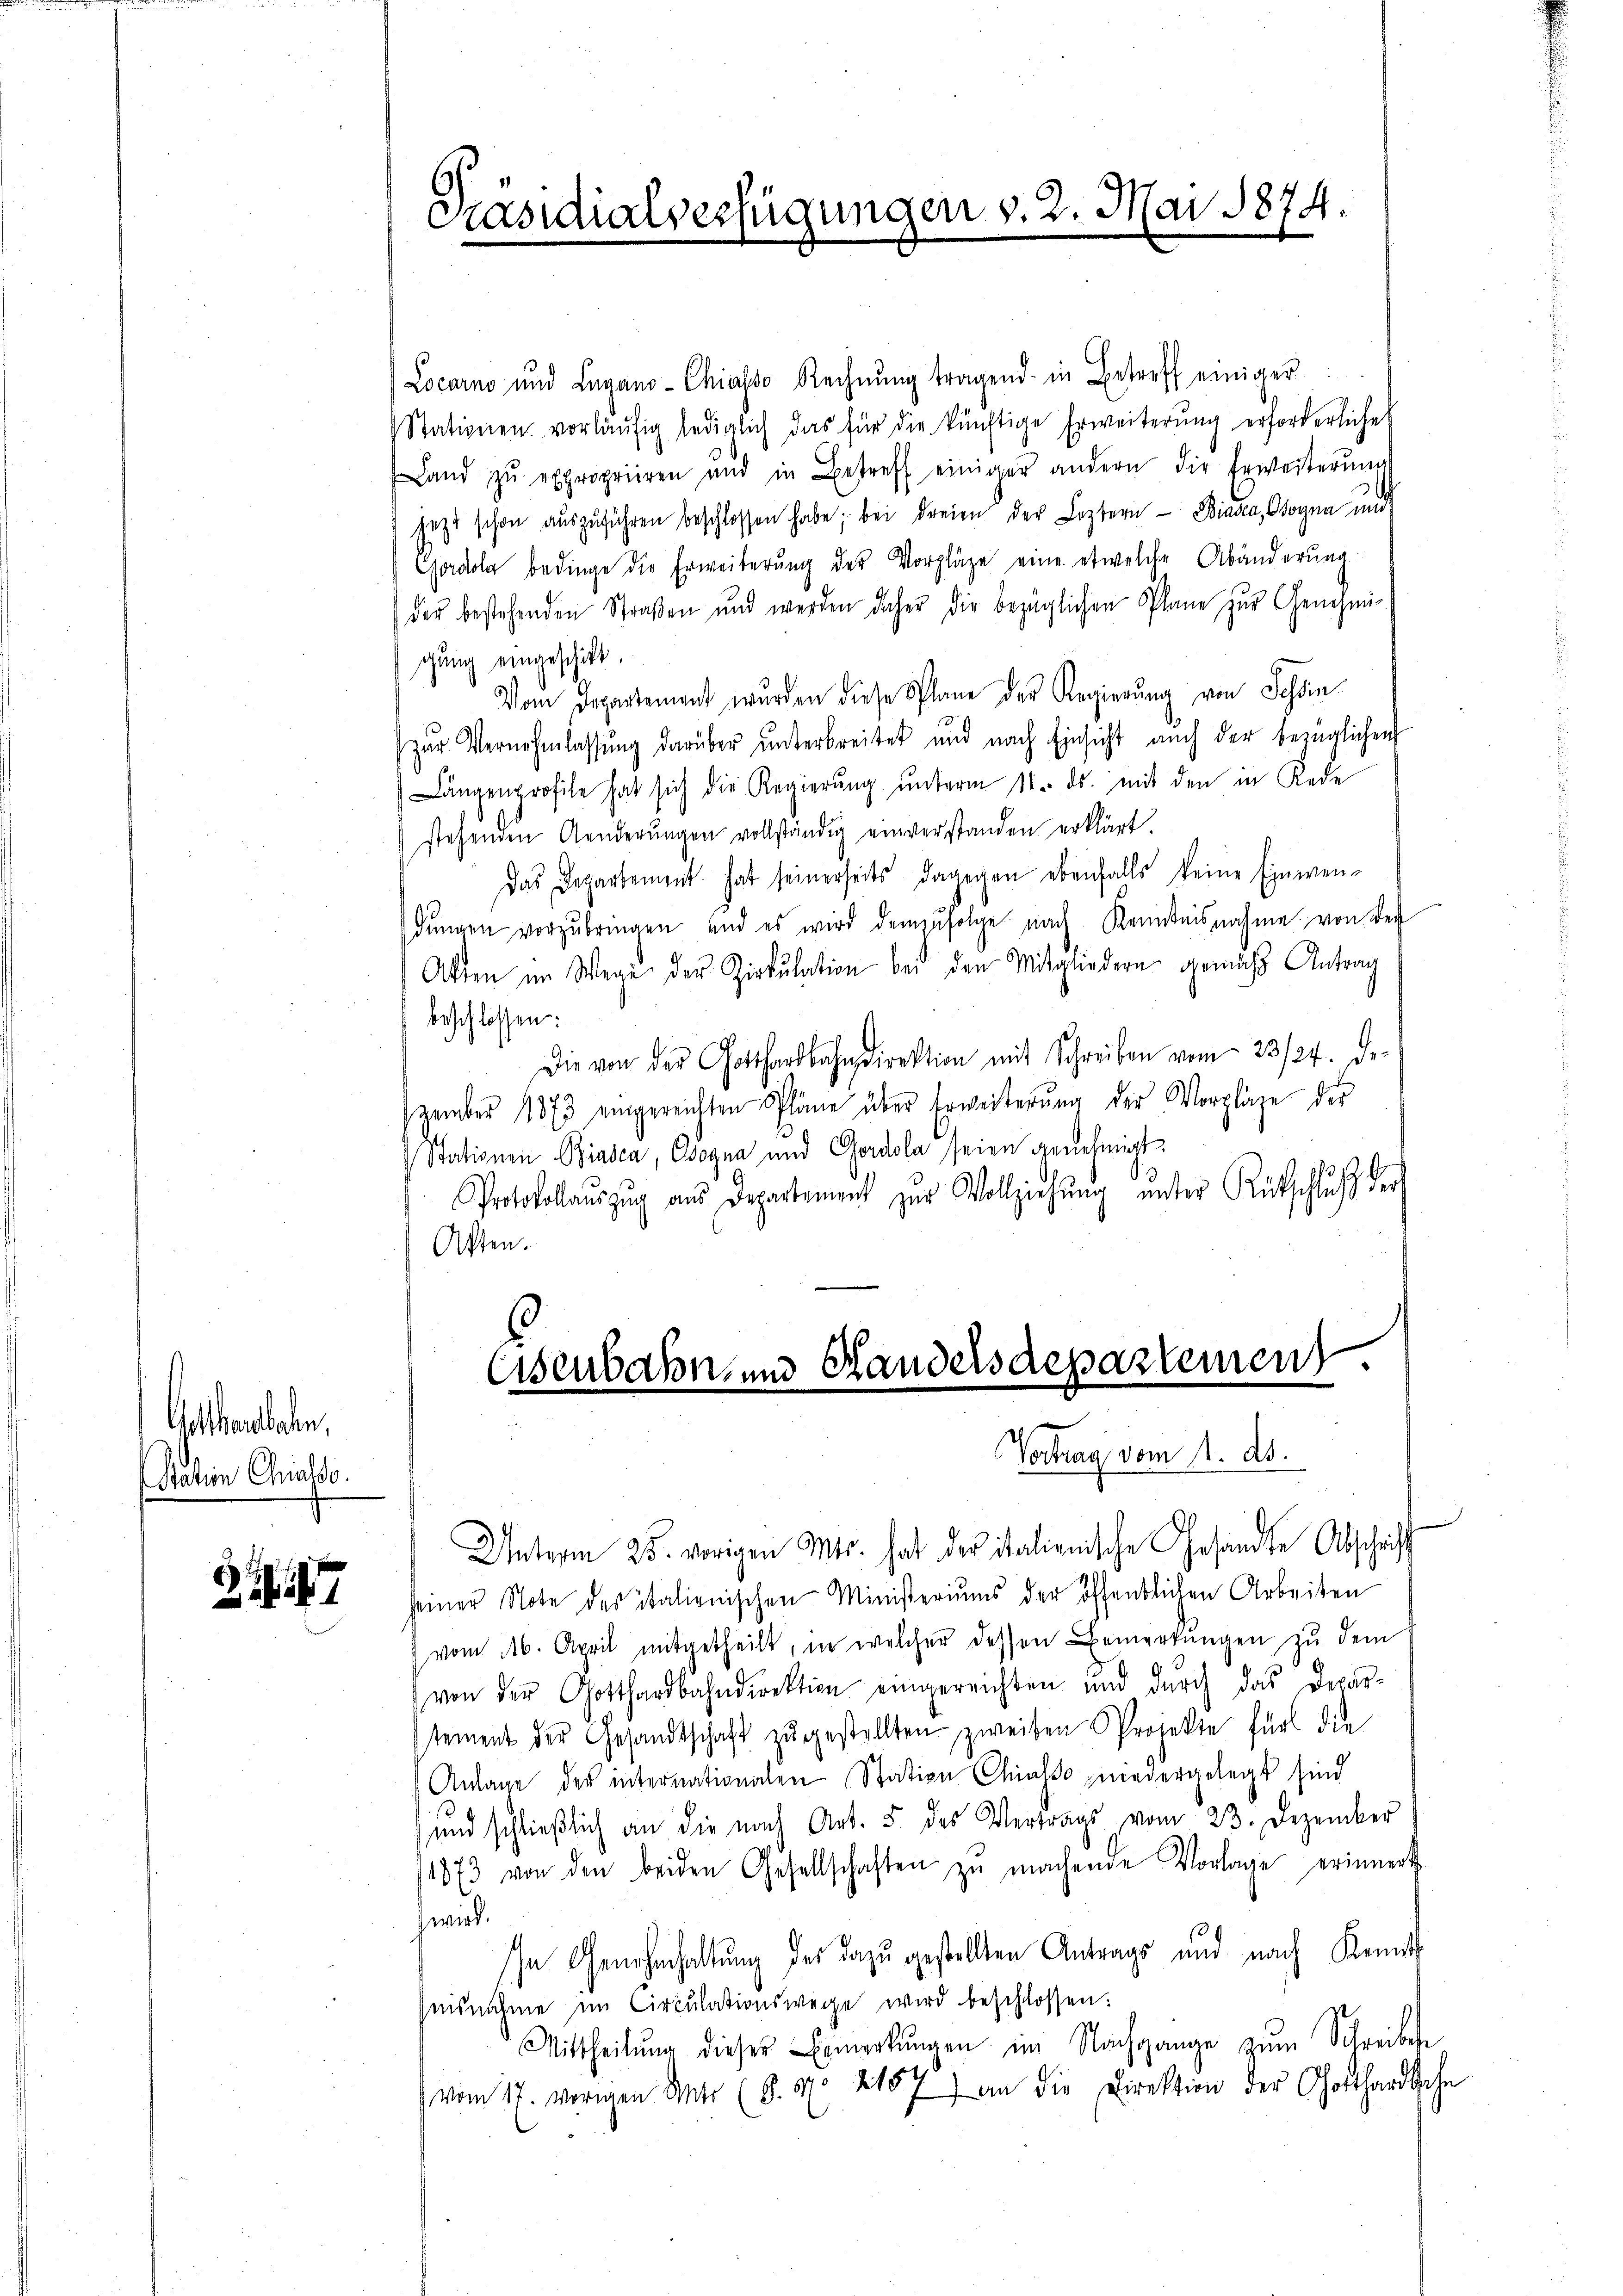
Gotthardbahn,
ration Chiass.

7

Locarno und Lugano- Chiasso Rechnŭng tragend in Betreff einiger
Stationen vorläŭfig lediglich das für die künftige Erweiterŭng erforderliche
Land zŭ exproprieren und in Betreff einiger andern die Erweiterŭng
jezt schon aŭszŭführen beschlossen habe; bei dreien der Leztern Biasca, Bogen un
Godola bedinge die Erweiterŭng der Vorpläge eine etwelche Abänderung
der bestehenden Straßen und werden daher die bezüglichen Plane zŭr Genehmigung eingeschickt.
Vom Departement wurden diese Plane der Regierŭng von Schön
zŭr Vernehmlassŭng darüber unterbreitet und nach Einsicht auch der bezüglichen
Längenprofile hat sich die Regierŭng ŭnterm 11. ds. mit den in Rede
stehenden Aenderŭngen vollständig einverstanden erklärt.
Das Departement hat seinerseits dagegen ebenfalls keine Einwen-
dŭngen vorzŭbringen, und es wird demzufolge nach Kenntnisnahme von der
Atten im Wege der Zirkŭlation bei den Mitgliedern gemäß Antrag
beschlossen:
Die von der Gotthardbahndirektion mit Schreiben vom 23/24. De
zember 1873 eingereichten Pläne über Erweiterung der Vorpläge der
Stationen Biasca, Cogna und Gerdola seien genehmigt.
Protokollaŭszŭg aŭs Departement zŭr Vollziehŭng ŭnter Rückschluß der
Aften.
Eisenbahn, und Handelsdepartemen
Vertrag vom 1. ds.

Präsidialverfügungen v. 2. Mai 1874.

Unterm 25. vorigen Mts. hat der italienische Gesandte Abschrift
seiner Note des italienischen Ministeriums der öffentlichen Arbeiten
vom 16. April mitgetheilt, in welcher dessen Bemerkungen zu dem
von der Gotthardbahndirektion eingereichten und durch das Depar-
stement der Gesandtschaft zŭgestellten zweiten Projekte für die
Anlage der internationalen Station Chiasso niedergelegt sind
und schließlich an die nach Art. 5 des Vertrags vom 23. Dezember
1873 von den beiden Gesellschaften zŭ machende Vorlage erinnert.
wird.
In Genehmhaltung des Dazu gestellten Antrags und nach Kennts
nisnahme im Circulationswege wird beschlossen:
Mittheilŭng dieser Bemerkŭngen im Nachgange zŭm Schreiben
vom 17. vorigen Unter (§. 1. 2157) an die Direktion der Gotthardbahn